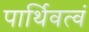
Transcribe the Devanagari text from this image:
पार्थिवत्वं